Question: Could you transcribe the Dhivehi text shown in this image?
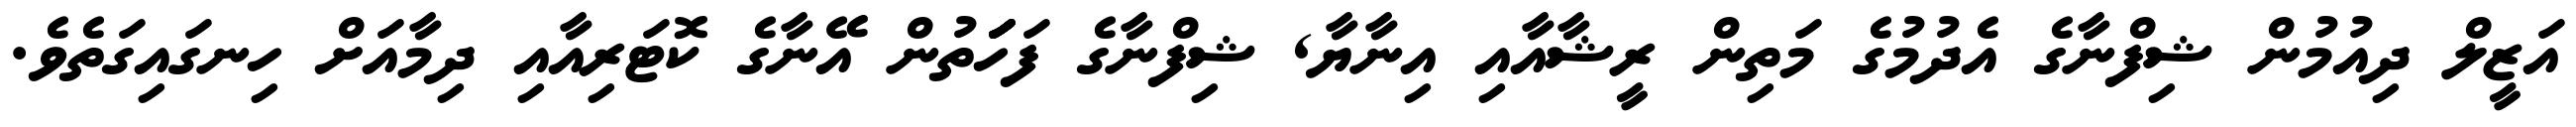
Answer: އަޒީލް ދިއުމުން ޝިފްނާގެ އެދުމުގެ މަތިން ރީޝާއާއި އިނާޔާ, ޝިފްނާގެ ފަހަަަަަަތުން އޭނާގެ ކޮޓަރިއާއި ދިމާއަށް ހިނގައިގަތެވެ.